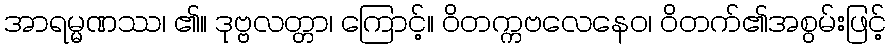
အာရမ္မဏဿ၊ ၏။ ဒုဗ္ဗလတ္တာ၊ ကြောင့်။ ဝိတက္ကဗလေနေဝ၊ ဝိတက်၏အစွမ်းဖြင့်